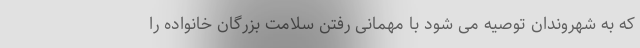
که به شهروندان توصیه می شود با مهمانی رفتن سلامت بزرگان خانواده را